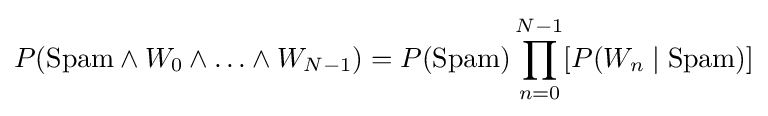
P({\text{Spam}}\land W_{0}\land \ldots \land W_{N-1})=P({\text{Spam}})\prod _{n=0}^{N-1}[P(W_{n}\mid {\text{Spam}})]